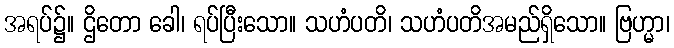
အရပ်၌။ ဌိတော ခေါ၊ ရပ်ပြီးသော။ သဟံပတိ၊ သဟံပတိအမည်ရှိသော။ ဗြဟ္မာ၊